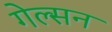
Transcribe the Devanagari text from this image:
गेल्सन